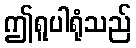
ဤရူပါရုံသည်